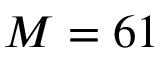
M = 6 1